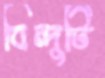
বিন্দুটি